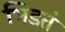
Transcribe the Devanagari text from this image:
भिडतं